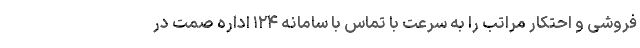
فروشی و احتکار مراتب را به سرعت با تماس با سامانه ۱۲۴ اداره صمت در